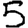
Digit: 5